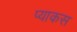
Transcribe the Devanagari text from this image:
प्याकस